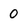
Character: 0